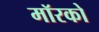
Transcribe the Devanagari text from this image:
मॉरको